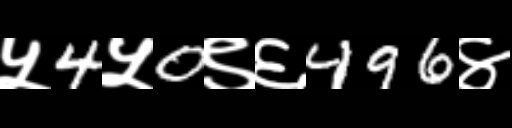
Text: ५4५0९६496४